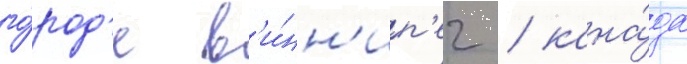
го́род'е в'и́нн'ип'ег / кана́да